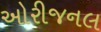
ઓરીજનલ